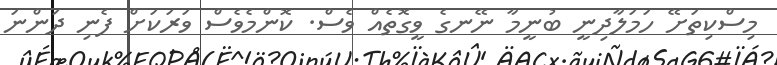
މިސްކިތަށޭ ހަމަލާދިނީ ބުނީމާ ނޭނގެ ވީގޮތެއް ވެސް. ކޮންމެވެސް ވަރަކަށް ފެނި ދަންނަ